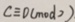
c \equiv D ( m o d 2 )